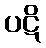
ပဋိ